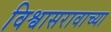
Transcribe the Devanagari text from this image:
विश्वासरावाच्या